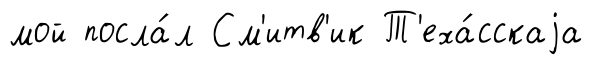
мой посла́л См'итв'ик Т'еха́сскаjа